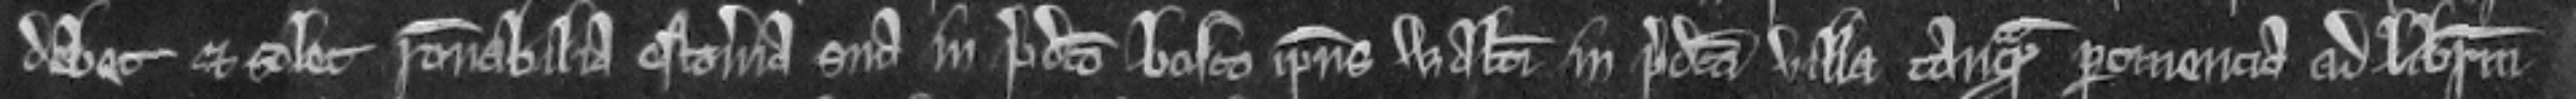
debet et solet racionabilia estoveria sua in predicto bosco ipsius Walteri in predicta villa tanquam pertinencia ad liberum